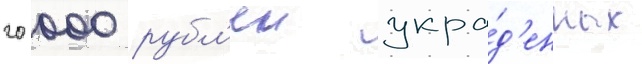
20 000 рубл'еи укра́д'енных